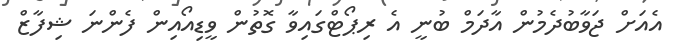
އެއަށް ޖަވާބުދެމުން އާދަމް ބުނީ އެ ރިޕޯޓްގައިވާ ގޮތުން ވީޑިއޯއިން ފެންނަ ޝިފާޒް